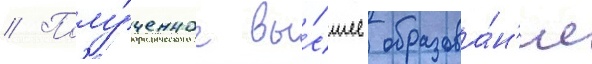
// Полу́ченное вы́сшее образова́н'ие